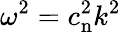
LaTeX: \omega^{2}=c_{\mathrm{n}}^{2}k^{2}